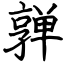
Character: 亸